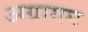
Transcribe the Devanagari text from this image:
अग्रागम